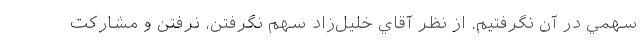
سهمي در آن نگرفتيم. از نظر آقاي خليل‌زاد سهم نگرفتن، نرفتن و مشاركت